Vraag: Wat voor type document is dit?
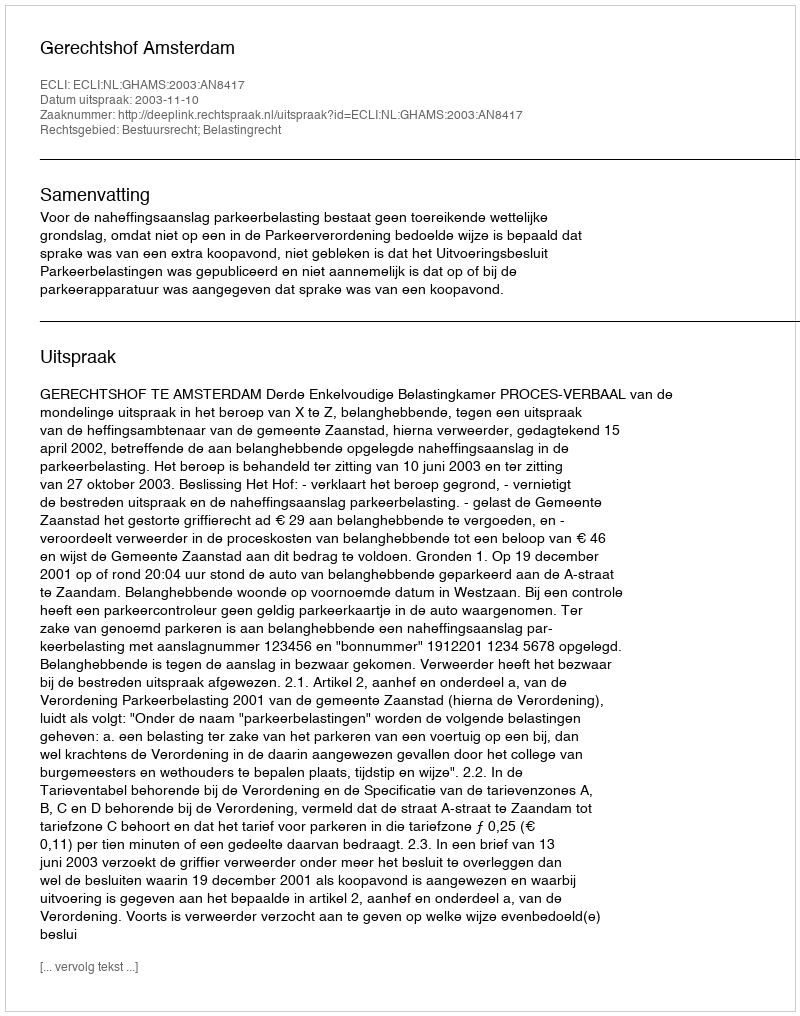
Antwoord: Uitspraak